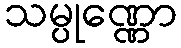
သမ္ပုဏ္ဏော